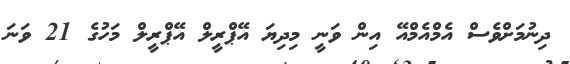
ދިނުމަށްވެސް އެމްއެމްއޭ އިން ވަނީ މިދިޔަ އޭޕްރީލް އޭޕްރީލް މަހުގެ 21 ވަނަ